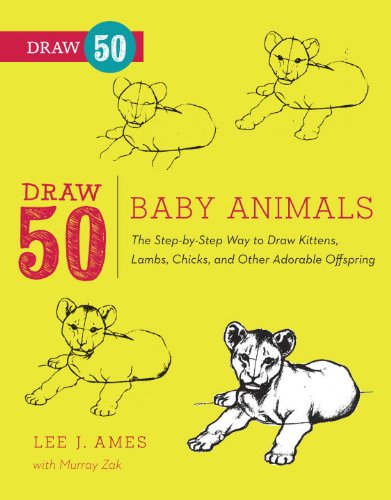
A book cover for Draw 50 Baby Animals: The Step-by-Step Way to Draw Kittens, Lambs, Chicks, Puppies, and Other Adorable Offspring; Lee J. Ames; Children's Books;